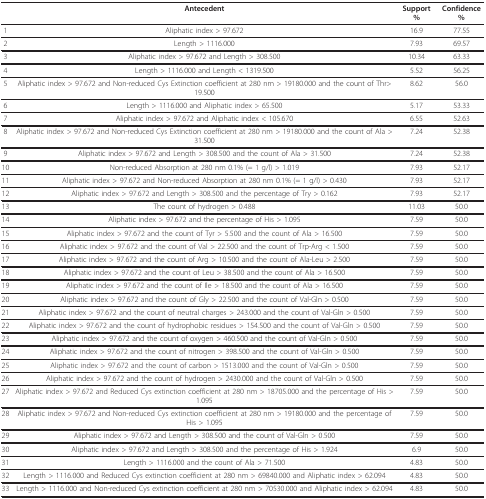
<table><thead><tr><td></td><td><b>Antecedent</b></td><td><b>Support %</b></td><td><b>Confidence %</b></td></tr></thead><tbody><tr><td>1</td><td>Aliphatic index &gt; 97.672</td><td>16.9</td><td>77.55</td></tr><tr><td>2</td><td>Length &gt; 1116.000</td><td>7.93</td><td>69.57</td></tr><tr><td>3</td><td>Aliphatic index &gt; 97.672 and Length &gt; 308.500</td><td>10.34</td><td>63.33</td></tr><tr><td>4</td><td>Length &gt; 1116.000 and Length &lt; 1319.500</td><td>5.52</td><td>56.25</td></tr><tr><td>5</td><td>Aliphatic index &gt; 97.672 and Non-reduced Cys Extinction coefficient at 280 nm &gt; 19180.000 and the count of Thr&gt; 19.500</td><td>8.62</td><td>56.0</td></tr><tr><td>6</td><td>Length &gt; 1116.000 and Aliphatic index &gt; 65.500</td><td>5.17</td><td>53.33</td></tr><tr><td>7</td><td>Aliphatic index &gt; 97.672 and Aliphatic index &lt; 105.670</td><td>6.55</td><td>52.63</td></tr><tr><td>8</td><td>Aliphatic index &gt; 97.672 and Non-reduced Cys Extinction coefficient at 280 nm &gt; 19180.000 and the count of Ala &gt; 31.500</td><td>7.24</td><td>52.38</td></tr><tr><td>9</td><td>Aliphatic index &gt; 97.672 and Length &gt; 308.500 and the count of Ala &gt; 31.500</td><td>7.24</td><td>52.38</td></tr><tr><td>10</td><td>Non-reduced Absorption at 280 nm 0.1% (= 1 g/l) &gt; 1.019</td><td>7.93</td><td>52.17</td></tr><tr><td>11</td><td>Aliphatic index &gt; 97.672 and Non-reduced Absorption at 280 nm 0.1% (= 1 g/l) &gt; 0.430</td><td>7.93</td><td>52.17</td></tr><tr><td>12</td><td>Aliphatic index &gt; 97.672 and Length &gt; 308.500 and the percentage of Try &gt; 0.162</td><td>7.93</td><td>52.17</td></tr><tr><td>13</td><td>The count of hydrogen &gt; 0.488</td><td>11.03</td><td>50.0</td></tr><tr><td>14</td><td>Aliphatic index &gt; 97.672 and the percentage of His &gt; 1.095</td><td>7.59</td><td>50.0</td></tr><tr><td>15</td><td>Aliphatic index &gt; 97.672 and the count of Tyr &gt; 5.500 and the count of Ala &gt; 16.500</td><td>7.59</td><td>50.0</td></tr><tr><td>16</td><td>Aliphatic index &gt; 97.672 and the count of Val &gt; 22.500 and the count of Trp-Arg &lt; 1.500</td><td>7.59</td><td>50.0</td></tr><tr><td>17</td><td>Aliphatic index &gt; 97.672 and the count of Arg &gt; 10.500 and the count of Ala-Leu &gt; 2.500</td><td>7.59</td><td>50.0</td></tr><tr><td>18</td><td>Aliphatic index &gt; 97.672 and the count of Leu &gt; 38.500 and the count of Ala &gt; 16.500</td><td>7.59</td><td>50.0</td></tr><tr><td>19</td><td>Aliphatic index &gt; 97.672 and the count of Ile &gt; 18.500 and the count of Ala &gt; 16.500</td><td>7.59</td><td>50.0</td></tr><tr><td>20</td><td>Aliphatic index &gt; 97.672 and the count of Gly &gt; 22.500 and the count of Val-Gln &gt; 0.500</td><td>7.59</td><td>50.0</td></tr><tr><td>21</td><td>Aliphatic index &gt; 97.672 and the count of neutral charges &gt; 243.000 and the count of Val-Gln &gt; 0.500</td><td>7.59</td><td>50.0</td></tr><tr><td>22</td><td>Aliphatic index &gt; 97.672 and the count of hydrophobic residues &gt; 154.500 and the count of Val-Gln &gt; 0.500</td><td>7.59</td><td>50.0</td></tr><tr><td>23</td><td>Aliphatic index &gt; 97.672 and the count of oxygen &gt; 460.500 and the count of Val-Gln &gt; 0.500</td><td>7.59</td><td>50.0</td></tr><tr><td>24</td><td>Aliphatic index &gt; 97.672 and the count of nitrogen &gt; 398.500 and the count of Val-Gln &gt; 0.500</td><td>7.59</td><td>50.0</td></tr><tr><td>25</td><td>Aliphatic index &gt; 97.672 and the count of carbon &gt; 1513.000 and the count of Val-Gln &gt; 0.500</td><td>7.59</td><td>50.0</td></tr><tr><td>26</td><td>Aliphatic index &gt; 97.672 and the count of hydrogen &gt; 2430.000 and the count of Val-Gln &gt; 0.500</td><td>7.59</td><td>50.0</td></tr><tr><td>27</td><td>Aliphatic index &gt; 97.672 and Reduced Cys extinction coefficient at 280 nm &gt; 18705.000 and the percentage of His &gt; 1.095</td><td>7.59</td><td>50.0</td></tr><tr><td>28</td><td>Aliphatic index &gt; 97.672 and Non-reduced Cys extinction coefficient at 280 nm &gt; 19180.000 and the percentage of His &gt; 1.095</td><td>7.59</td><td>50.0</td></tr><tr><td>29</td><td>Aliphatic index &gt; 97.672 and Length &gt; 308.500 and the count of Val-Gln &gt; 0.500</td><td>7.59</td><td>50.0</td></tr><tr><td>30</td><td>Aliphatic index &gt; 97.672 and Length &gt; 308.500 and the percentage of His &gt; 1.924</td><td>6.9</td><td>50.0</td></tr><tr><td>31</td><td>Length &gt; 1116.000 and the count of Ala &gt; 71.500</td><td>4.83</td><td>50.0</td></tr><tr><td>32</td><td>Length &gt; 1116.000 and Reduced Cys extinction coefficient at 280 nm &gt; 69840.000 and Aliphatic index &gt; 62.094</td><td>4.83</td><td>50.0</td></tr><tr><td>33</td><td>Length &gt; 1116.000 and Non-reduced Cys extinction coefficient at 280 nm &gt; 70530.000 and Aliphatic index &gt; 62.094</td><td>4.83</td><td>50.0</td></tr></tbody></table>